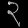
Digit: ၃